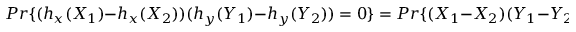
P r \{ ( h _ { x } ( X _ { 1 } ) - h _ { x } ( X _ { 2 } ) ) ( h _ { y } ( Y _ { 1 } ) - h _ { y } ( Y _ { 2 } ) ) = 0 \} = P r \{ ( X _ { 1 } - X _ { 2 } ) ( Y _ { 1 } - Y _ { 2 } ) = 0 \} .